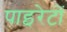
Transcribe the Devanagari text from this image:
पाइरेटों